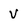
Character: V